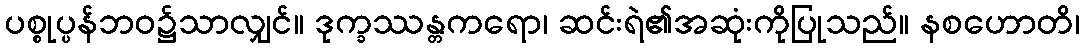
ပစ္စုပ္ပန်ဘဝ၌သာလျှင်။ ဒုက္ခဿန္တကရော၊ ဆင်းရဲ၏အဆုံးကိုပြုသည်။ နစဟောတိ၊